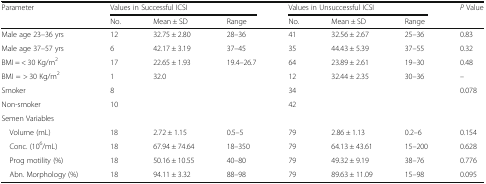
| Parameter | <COLSPAN=3> Values in Successful ICSI | <COLSPAN=3> Values in Unsuccessful ICSI | P Value |
 |  | No. | Mean ± SD | Range | No. | Mean ± SD | Range |  |
 | --- | --- | --- | --- | --- | --- | --- | --- |
 | Male age 23–36 yrs | 12 | 32.75 ± 2.80 | 28–36 | 41 | 32.56 ± 2.67 | 25–36 | 0.83 |
 | Male age 37–57 yrs | 6 | 42.17 ± 3.19 | 37–45 | 35 | 44.43 ± 5.39 | 37–55 | 0.32 |
 | BMI = < 30 Kg/m2 | 17 | 22.65 ± 1.93 | 19.4–26.7 | 64 | 23.89 ± 2.61 | 19–30 | 0.48 |
 | BMI = > 30 Kg/m2 | 1 | 32.0 |  | 12 | 32.44 ± 2.35 | 30–36 | – |
 | Smoker | 8 |  |  | 34 |  |  | <ROWSPAN=2> 0.078 |
 | Non-smoker | 10 |  |  | 42 |  |  |
 | <COLSPAN=8> Semen Variables |
 | Volume (mL) | 18 | 2.72 ± 1.15 | 0.5–5 | 79 | 2.86 ± 1.13 | 0.2–6 | 0.154 |
 | Conc. (106/mL) | 18 | 67.94 ± 74.64 | 18–350 | 79 | 64.13 ± 43.61 | 15–200 | 0.628 |
 | Prog motility (%) | 18 | 50.16 ± 10.55 | 40–80 | 79 | 49.32 ± 9.19 | 38–76 | 0.776 |
 | Abn. Morphology (%) | 18 | 94.11 ± 3.32 | 88–98 | 79 | 89.63 ± 11.09 | 15–98 | 0.095 |